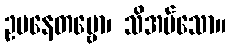
ဥပနေတဗ္ဗော၊ သိအပ်သော။